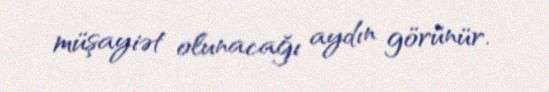
müşayiət olunacağı aydın görünür.